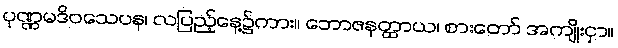
ပုဏ္ဏမဒိဝသေပန၊ လပြည့်နေ့၌ကား။ ဘောဇနတ္ထာယ၊ စားတော် အကျိုးငှာ။